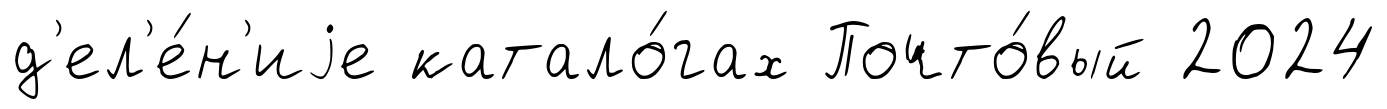
д'ел'е́н'иjе катало́гах Почто́вый 2024